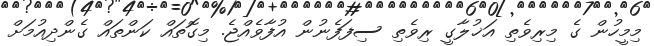
މިމީހުން ގެ މިރިވެތި އަޚުލާގީ ރިވެތި ސިފަފެނުން އުފާވެއްޖެ. މިގޮތައް ކަންތައް ގެންދިއުމަށް